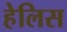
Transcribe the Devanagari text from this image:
हेलिस